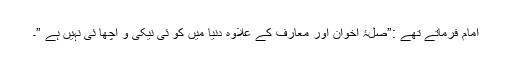
امام فرماتے تھے :”صلۂ اخوان اور معارف کے علاوہ دنیا میں کو ئی نیکی و اچھا ئی نہیں ہے ”۔